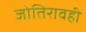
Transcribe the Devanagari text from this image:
जोतिरावही